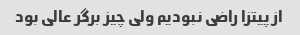
از پیتزا راضی نبودیم ولی چیز برگر عالی بود